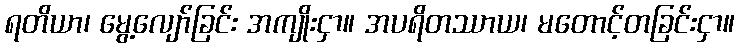
ရတိယာ၊ မွေ့လျော်ခြင်း အကျိုးငှာ။ အပရိတဿာယ၊ မတောင့်တခြင်းငှာ။